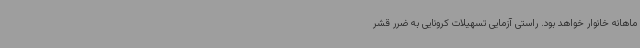
ماهانه خانوار خواهد بود. راستی آزمایی تسهیلات کرونایی به ضرر قشر